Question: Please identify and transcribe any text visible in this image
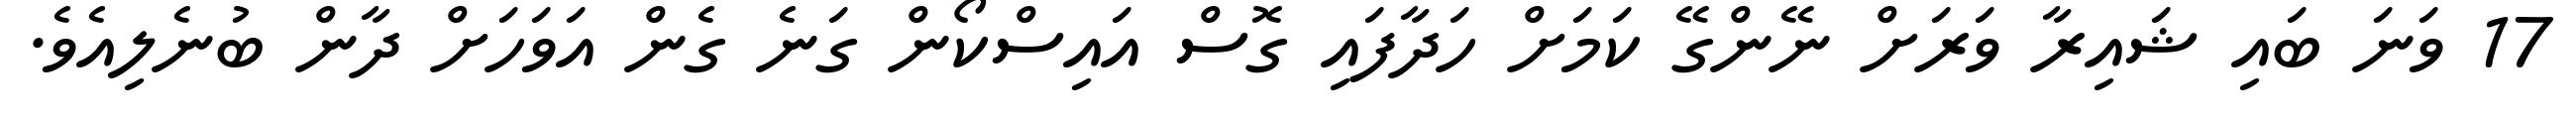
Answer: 17 ވަނަ ބައި ޝައިރާ ވަރަށް ނޭންގޭ ކަމަށް ހަދާފައި ގޮސް އައިސްކޯން ގަނެ ގެން އަވަހަށް ދާން ބުނެލިއެވެ.